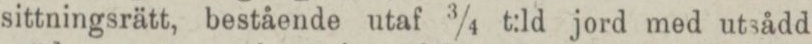
sittningsrätt, bestående utaf 3/4 t:ld jord med utsådd